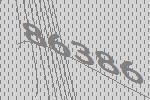
86386